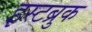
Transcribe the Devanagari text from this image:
इस्टब्रुक